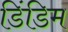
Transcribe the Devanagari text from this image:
डिंडिम